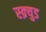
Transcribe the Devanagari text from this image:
स्क्र्युड